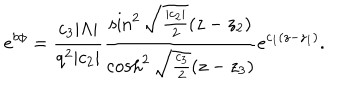
e ^ { b \phi } = { \frac { c _ { 3 } | \Lambda | } { q ^ { 2 } | c _ { 2 } | } } { \frac { \sin ^ { 2 } \sqrt { { \frac { | c _ { 2 } | } { 2 } } } ( z - z _ { 2 } ) } { \cosh ^ { 2 } \sqrt { \frac { c _ { 3 } } { 2 } } ( z - z _ { 3 } ) } } e ^ { c _ { 1 } ( z - z _ { 1 } ) } .